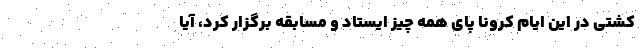
کشتی در این ایام کرونا پای همه چیز ایستاد و مسابقه برگزار کرد، آیا